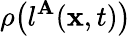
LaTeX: \rho\big(l^{\mathbf{A}}({\mathbf{{x}}},t)\big)